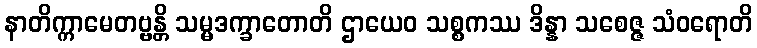
နာတိက္ကာမေတဗ္ဗန္တိ သမ္မဒက္ခာတောတိ ဌာယေဝ သစ္စကဿ ဒိန္နာ သစေဇ္ဇ သံဝရောတိ